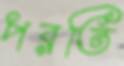
পরতি